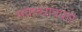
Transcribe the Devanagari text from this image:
भवाब्धावपारे